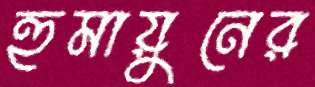
হুমায়ুনের